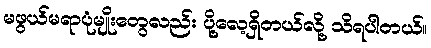
မဖွယ်မရာပုံမျိုးတွေလည်း ပို့လေ့ရှိတယ်လို့ သိရပါတယ်။